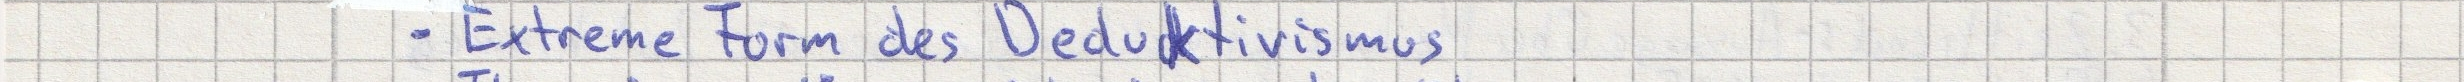
- Extreme Form des Deduktivismus